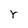
Character: r